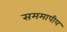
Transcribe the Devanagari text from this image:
सममापीय